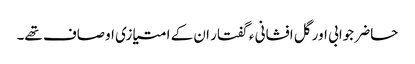
حاضر جوابی اور گل افشانی ء گفتار ان کے امتیازی اوصاف تھے۔